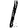
Digit: 1